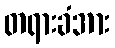
တရားခံအား